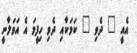
އެއީ " ދެވި " ކަމަކާއި ދެވި ހިފީމަ އެ އަވަލާނީ